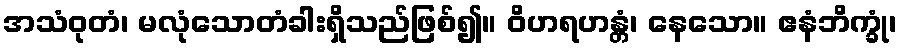
အသံဝုတံ၊ မလုံသောတံခါးရှိသည်ဖြစ်၍။ ဝိဟရဟန္တံ၊ နေသော။ ဧနံဘိက္ခုံ၊